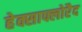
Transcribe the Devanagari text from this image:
हेक्साफ्लोरैद